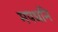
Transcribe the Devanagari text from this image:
मपधनि